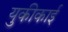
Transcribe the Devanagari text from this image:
युकीकाई